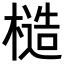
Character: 𪳤